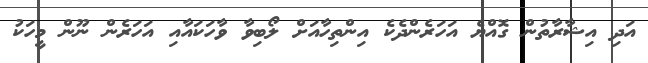
އަދި އިޝާރާތުން ގޮއްޔެ އަހަރެންދެކެ އިންތިހާއަށް ލޯބިވާ ވާހަކައާއި އަަހަރެން ނޫން މީހަކު